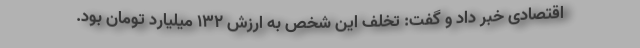
اقتصادی خبر داد و گفت: تخلف این شخص به ارزش ۱۳۲ میلیارد تومان بود.